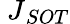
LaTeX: {\ J}_{{SOT}}